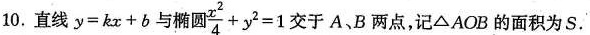
10.直线$$y = k x + b$$与椭圆$$\frac { x ^ { 2 } } { 4 } + y ^ { 2 } = 1$$交于A、B两点，记△AOB的面积为S.